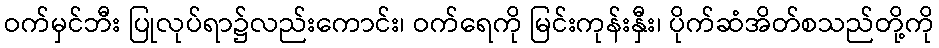
ဝက်မှင်ဘီး ပြုလုပ်ရာ၌လည်းကောင်း၊ ဝက်ရေကို မြင်းကုန်းနှီး၊ ပိုက်ဆံအိတ်စသည်တို့ကို